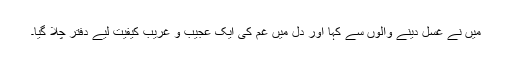
میں نے غسل دینے والوں سے کہا اور دل میں غم کی ایک عجیب و غریب کیفیت لیے دفتر چلا گیا۔